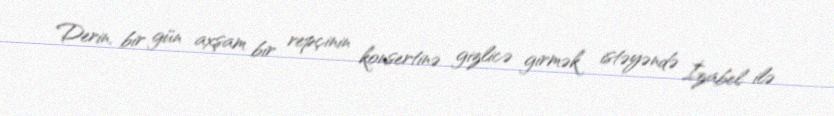
Derin, bir gün axşam bir repçinin konsertinə gizlicə girmək istəyəndə İzabel ilə